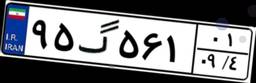
۹۵گ۵۶۱۰۱